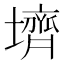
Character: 𪤪